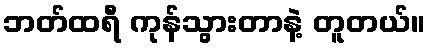
ဘတ်ထရီ ကုန်သွားတာနဲ့ တူတယ်။